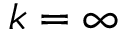
k = \infty